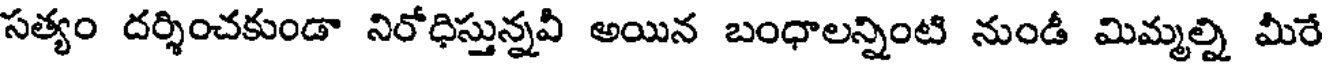
సత్యం దర్శించకుండా నిరోధిస్తున్నవీ అయిన బంధాలన్నింటి నుండీ మిమ్మల్ని మీరే